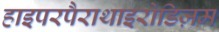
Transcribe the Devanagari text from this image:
हाइपरपैराथाइरोडिज़म